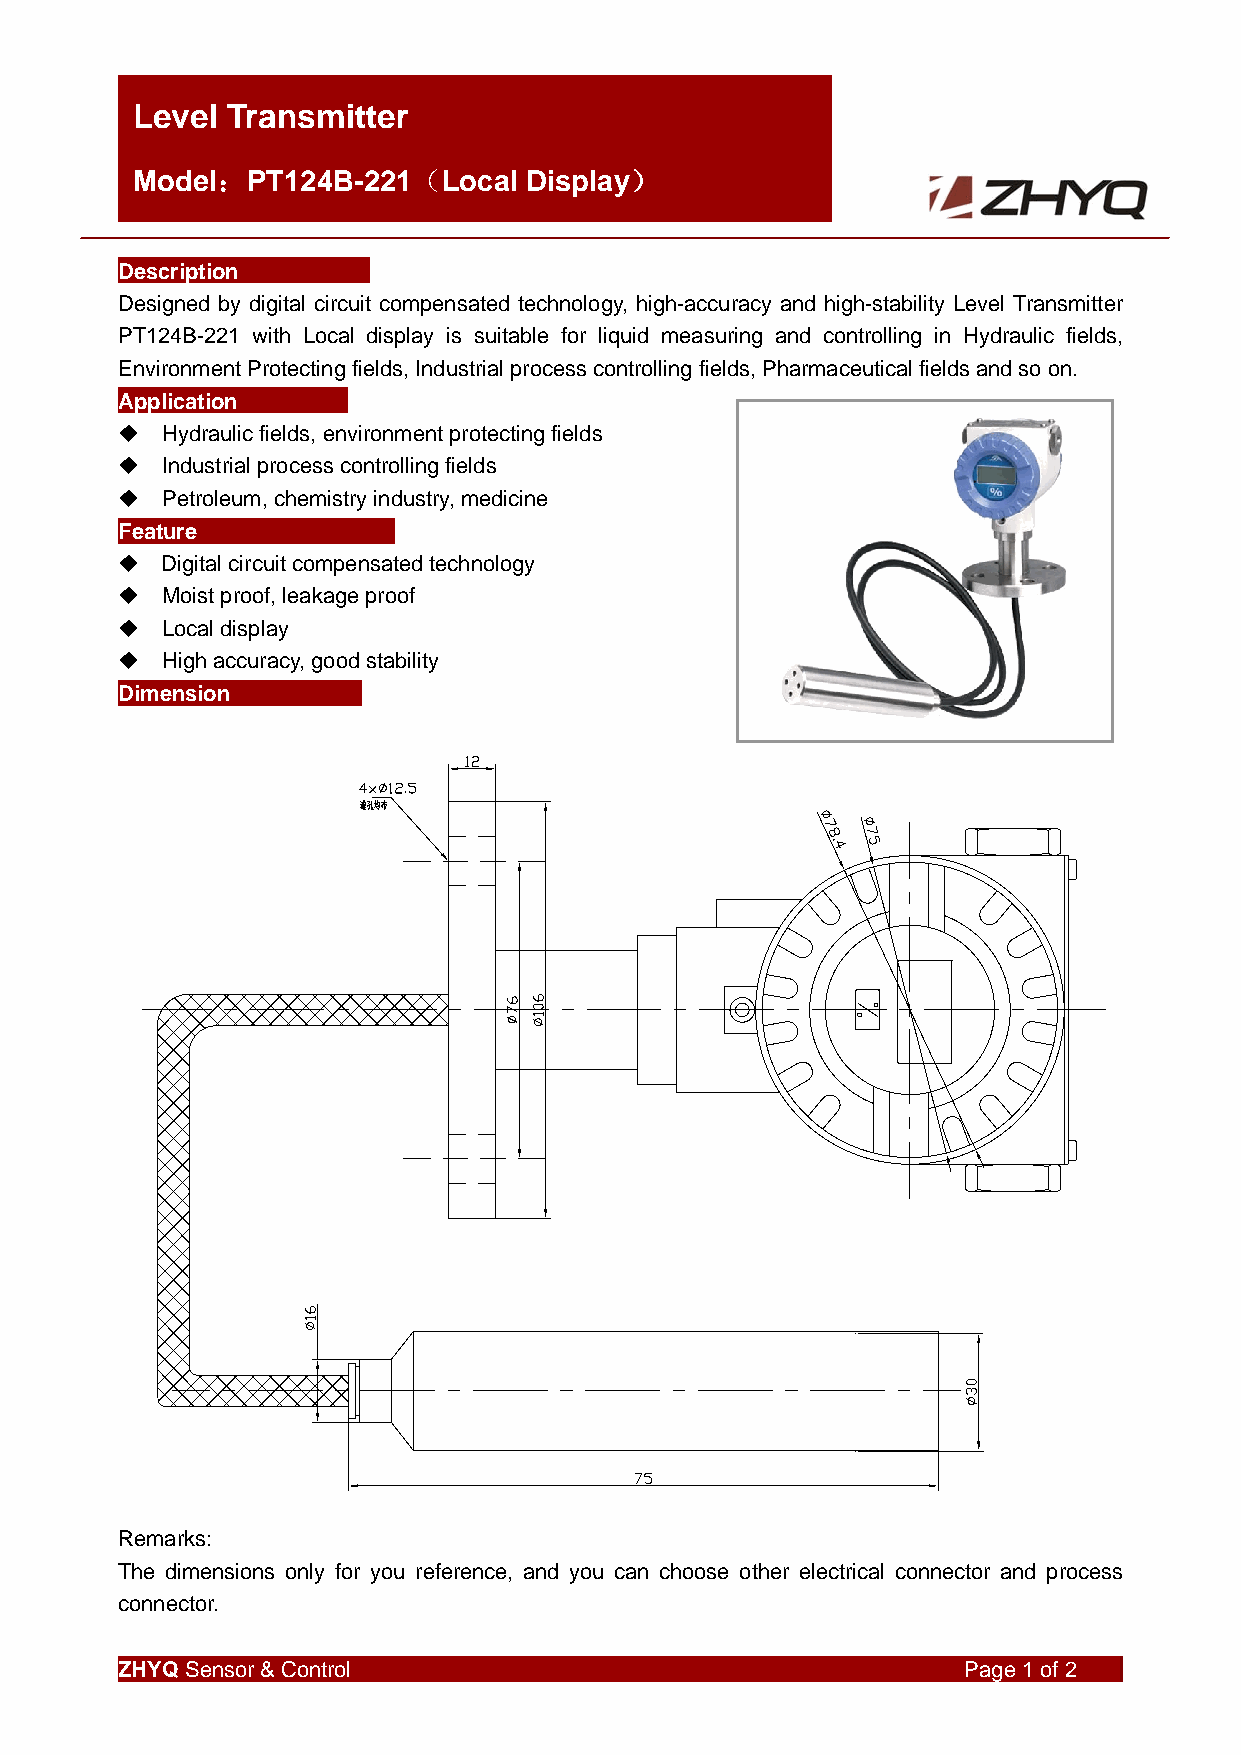
Level Transmitter
 Model：PT124B-221（Local    Display）
 Description
 Designed by digital circuit compensated technology, high-accuracy and high-stability Level Transmitter
 PT124B-221 with Local display is suitable for liquid measuring and controlling in Hydraulic fields,
 Environment Protecting fields, Industrial process controlling fields, Pharmaceutical fields and so on.
 Application
   Hydraulic fields, environment protecting fields
   Industrial process controlling fields
   Petroleum, chemistry industry, medicine
 Feature
   Digital circuit compensated technology
   Moist proof, leakage proof
   Local display
   High accuracy, good stability
 Dimension
 Remarks:
 The dimensions only for you reference, and you can choose other electrical connector and process
 connector.
 ZHYQ Sensor & Control                                   Page 1 of 2